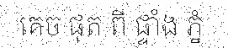
គេច ផុត ពី ផ្ទាំង ភ្នំ